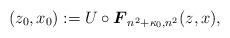
LaTeX: \begin{align*}(z_0,x_0):=U\circ\boldsymbol{F}_{n^2+\kappa_0, n^2}(z,x),\end{align*}